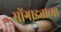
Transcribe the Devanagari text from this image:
सोंगाड्याच्या